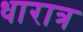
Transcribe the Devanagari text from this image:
धारात्र